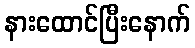
နားထောင်ပြီးနောက်